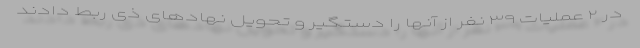
در ۲ عملیات ۳۹ نفر از آنها را دستگیر و تحویل نهادهای ذی ربط دادند